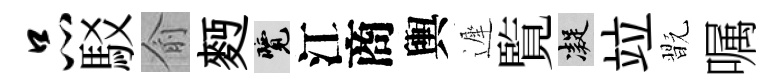
品駁俞麪覽江商輿遲覧凝竝翫嘱